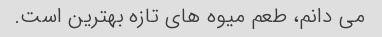
می دانم، طعم میوه های تازه بهترین است.